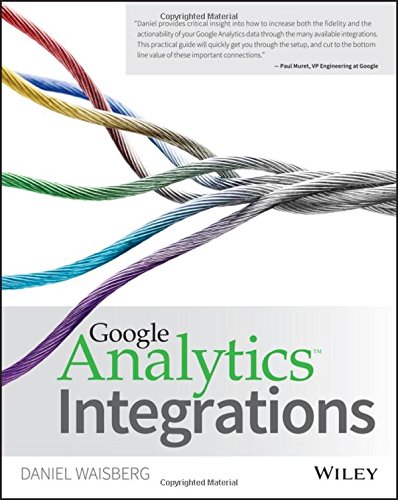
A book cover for Google Analytics Integrations; Daniel Waisberg; Computers & Technology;